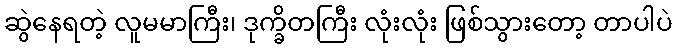
ဆွဲနေရတဲ့ လူမမာကြီး၊ ဒုက္ခိတကြီး လုံးလုံး ဖြစ်သွားတော့ တာပါပဲ